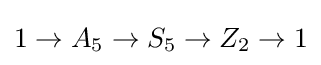
1\to A_{5}\to S_{5}\to Z_{2}\to 1